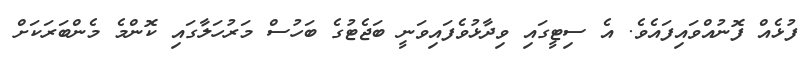
ފުޅެއް ފޮނުއްވައިފައެވެ. އެ ސިޓީގައި ވިދާޅުވެފައިވަނީ ބަޖެޓުގެ ބަހުސް މަރުހަލާގައި ކޮންމެ މެންބަރަކަށް